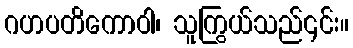
ဂဟပတိကောဝါ၊ သူကြွယ်သည်၎င်း။